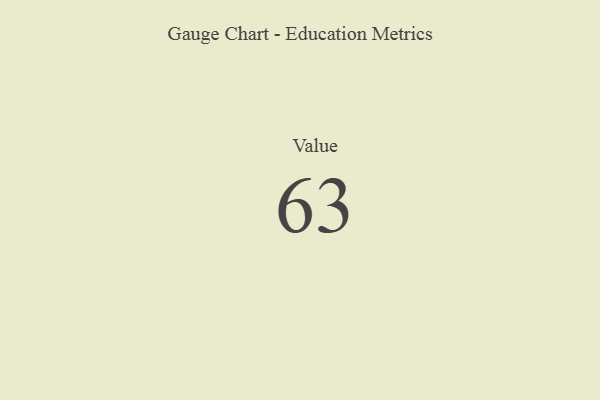
{"axis": {"x": "Metric", "y": "Value"}, "legend": [""], "data": [{"x": "Value", "y": 63, "type": ""}]}